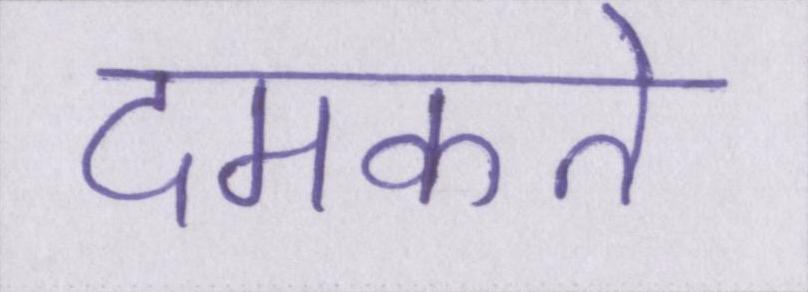
दमकते